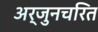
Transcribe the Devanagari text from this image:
अर्जुनचरित